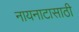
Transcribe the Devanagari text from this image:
नायनाटासाठी